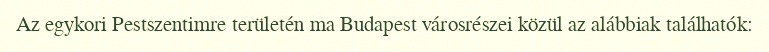
Az egykori Pestszentimre területén ma Budapest városrészei közül az alábbiak találhatók: